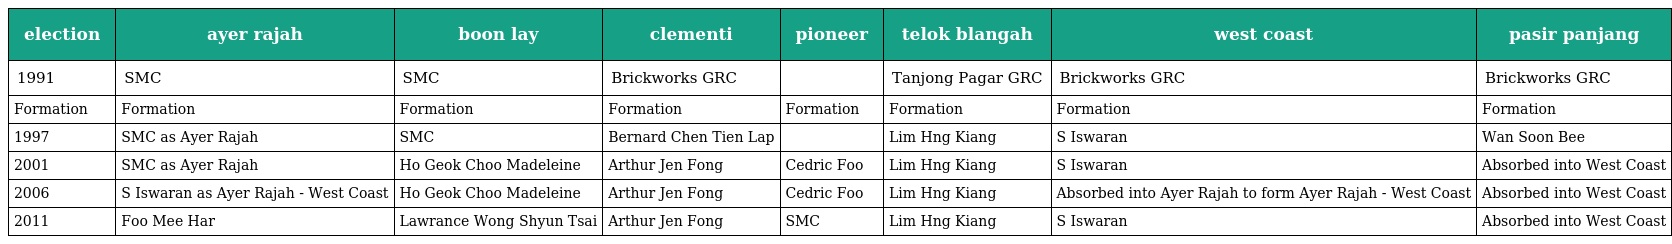
| election | ayer rajah | boon lay | clementi | pioneer | telok blangah | west coast | pasir panjang |
 | --- | --- | --- | --- | --- | --- | --- | --- |
 | 1991 | SMC | SMC | Brickworks GRC |  | Tanjong Pagar GRC | Brickworks GRC | Brickworks GRC |
 | Formation | Formation | Formation | Formation | Formation | Formation | Formation | Formation |
 | 1997 | SMC as Ayer Rajah | SMC | Bernard Chen Tien Lap |  | Lim Hng Kiang | S Iswaran | Wan Soon Bee |
 | 2001 | SMC as Ayer Rajah | Ho Geok Choo Madeleine | Arthur Jen Fong | Cedric Foo | Lim Hng Kiang | S Iswaran | Absorbed into West Coast |
 | 2006 | S Iswaran as Ayer Rajah - West Coast | Ho Geok Choo Madeleine | Arthur Jen Fong | Cedric Foo | Lim Hng Kiang | Absorbed into Ayer Rajah to form Ayer Rajah - West Coast | Absorbed into West Coast |
 | 2011 | Foo Mee Har | Lawrance Wong Shyun Tsai | Arthur Jen Fong | SMC | Lim Hng Kiang | S Iswaran | Absorbed into West Coast |